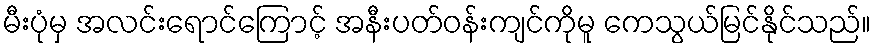
မီးပုံမှ အလင်းရောင်ကြောင့် အနီးပတ်ဝန်းကျင်ကိုမူ ကေသွယ်မြင်နိုင်သည်။